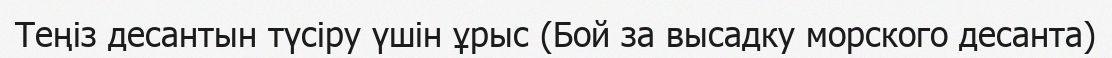
Теңіз десантын түсіру үшін ұрыс (Бой за высадку морского десанта)